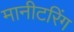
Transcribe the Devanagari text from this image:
मानीटरिंग